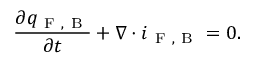
\frac { \partial q _ { \mathrm { ~ F ~ , ~ B ~ } } } { \partial t } + \nabla \cdot \boldsymbol { i } _ { \mathrm { ~ F ~ , ~ B ~ } } = 0 .